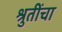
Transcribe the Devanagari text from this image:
श्रुतींचा